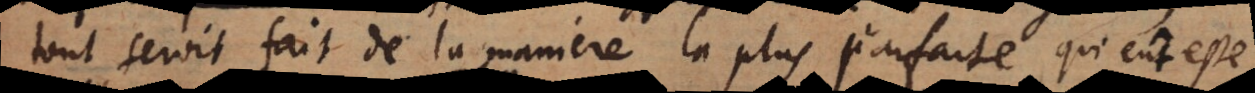
tout seroit fait de la maniere la plus parfaite qui eût esté